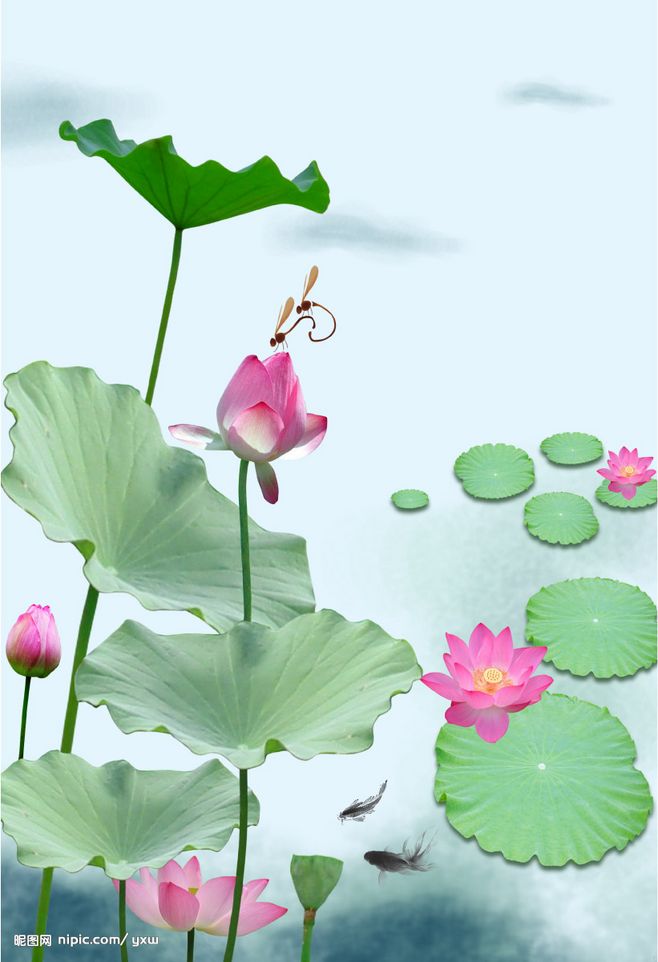
秀樾横塘十里香，水花晚色静年芳。